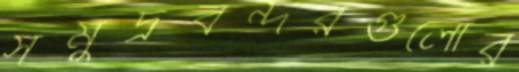
সমুদ্রবন্দরগুলোর